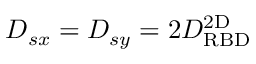
D _ { s x } = D _ { s y } = 2 D _ { \mathrm { R B D } } ^ { \mathrm { 2 D } }